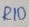
Text: R10